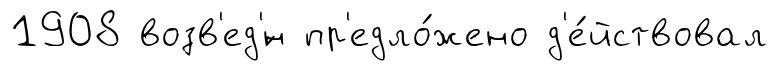
1908 возв'ед'́н пр'едло́жено д'е́йствовал